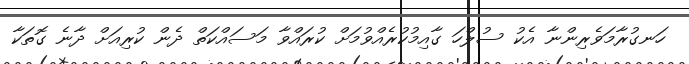
ހަނގުރާމަވެރިންނާ އެކު ސުލްހަ ގާއިމުކުރެއްވުމަށް ކުރައްވާ މަސައްކަތް ދެން ކުރިއަށް ދާނެ ގޮތަކާ